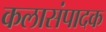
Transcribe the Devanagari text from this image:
कलासंपादक